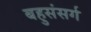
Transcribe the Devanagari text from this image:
बहुसंसर्ग